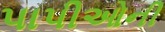
પાપીઓની